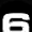
Digit: 6